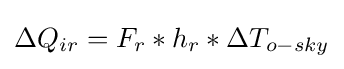
\Delta Q_{ir}=F_{r}*h_{r}*\Delta T_{o-sky}